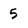
Character: 5